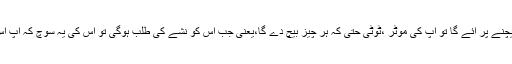
مرنے پر آئے گا تو آپ کے لیے مرجائے گااور بیچنے پر آئے گا تو آپ کی موٹر ،ٹوٹی حتیٰ کہ ہر چیز بیچ دے گا،یعنی جب اس کو نشے کی طلب ہوگی تو اس کی یہ سوچ کہ آپ اس کے مالک ہیں ،ایک سیکنڈ میں ختم ہوجائے گی۔